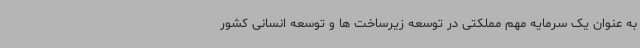
به عنوان یک سرمایه مهم مملکتی در توسعه زیرساخت ها و توسعه انسانی کشور